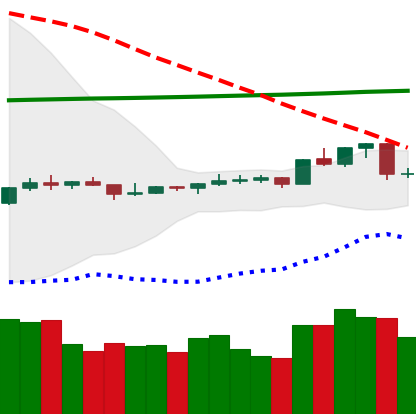
Ticker: ETC-USD
Chart end date: 2020-04-11
Forward return: 4.142%
Label: up_3_5